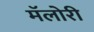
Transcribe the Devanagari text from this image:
मॅलोरी